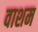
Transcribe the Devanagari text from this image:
वाशम